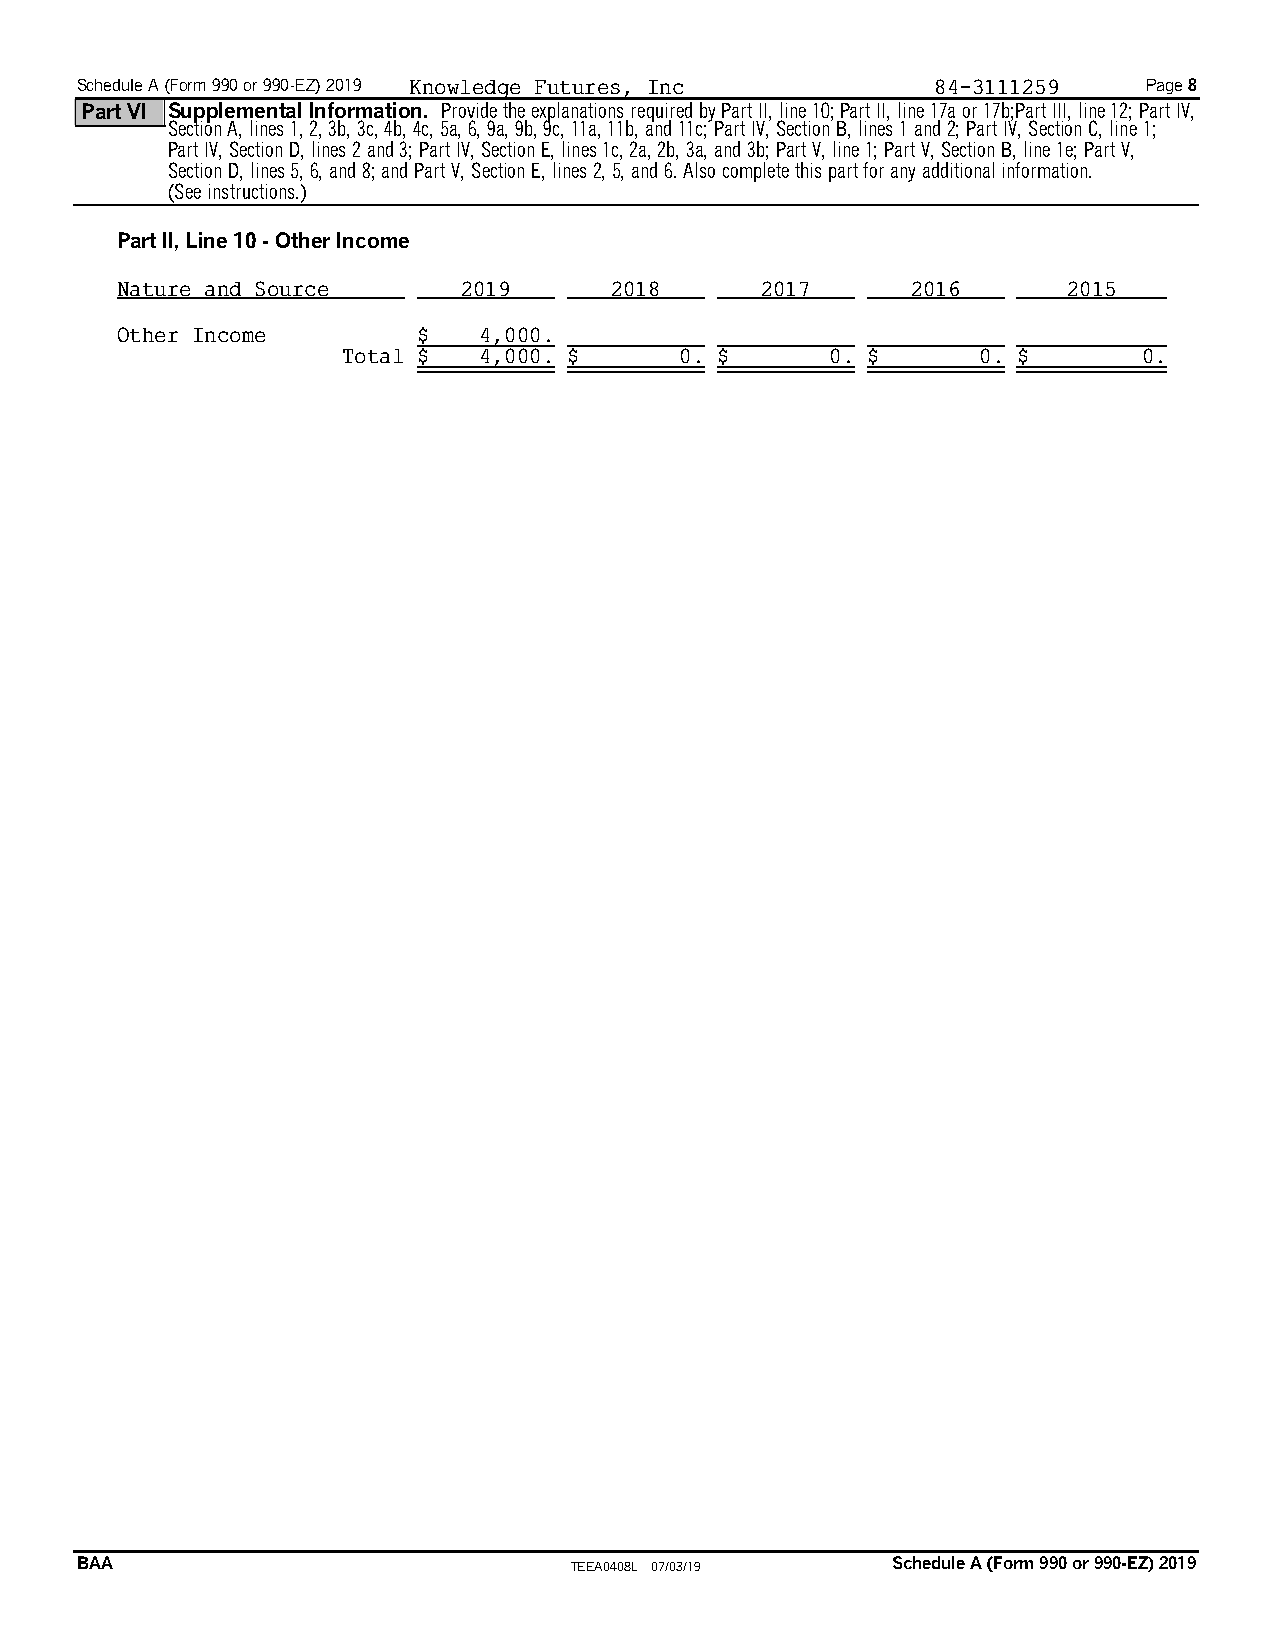
Schedule A (Form 990 or 990-EZ) 2019 Knowledge Futures, Inc 84-3111259 Page 8
 Part VI Supplemental Information. Provide the explanations required by Part II, line 10;Part II, line 17a or 17b;Part III, line 12; Part IV,
 Section A, lines 1, 2, 3b, 3c, 4b, 4c, 5a, 6, 9a, 9b, 9c, 11a, 11b, and 11c; Part IV, Section B, lines 1 and 2; Part IV, Section C, line 1;
 Part IV, Section D, lines 2 and 3; Part IV, Section E, lines 1c, 2a, 2b, 3a, and 3b; Part V, line 1; Part V, Section B, line 1e; Part V,
 Section D, lines 5, 6, and 8; and Part V, Section E, lines 2, 5, and 6. Also complete this part for any additional information.
 (See instructions.)
 Part II, Line 10 - Other Income
 Nature and Source     2019      2018      2017      2016       2015
 Other Income        $   4,000.
 Total $  4,000. $     0. $      0. $      0. $       0.
 BAA                              TEEA0408L 07/03/19   Schedule A (Form 990 or 990-EZ) 2019